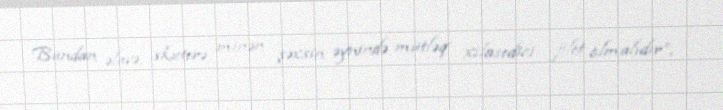
Bundan əlavə, skuterə minən şəxsin əynində mütləq xilasedici jilet olmalıdır”,